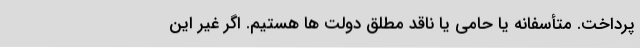
‌پرداخت. متأسفانه یا حامی یا ناقد مطلق دولت ها هستیم. اگر غیر این